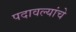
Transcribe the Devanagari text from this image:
पदावल्यांचे